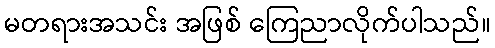
မတရားအသင်း အဖြစ် ကြေညာလိုက်ပါသည်။